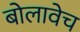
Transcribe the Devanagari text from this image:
बोलावेच